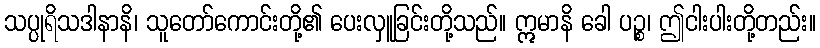
သပ္ပုရိသဒါနာနိ၊ သူတော်ကောင်းတို့၏ ပေးလှူခြင်းတို့သည်။ ဣမာနိ ခေါ ပဉ္စ၊ ဤငါးပါးတို့တည်း။